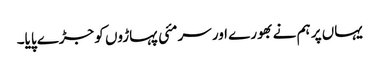
یہاں پر ہم نے بھورے اور سرمئی پہاڑوں کو جڑے پایا۔